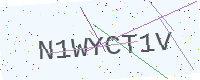
Text: N1WYCT1V